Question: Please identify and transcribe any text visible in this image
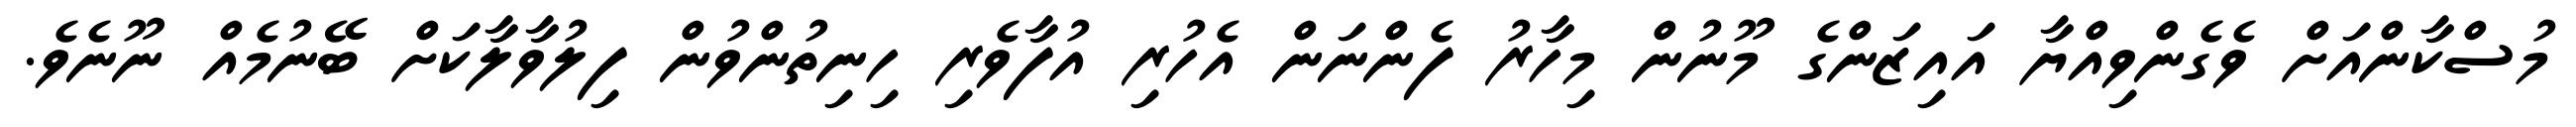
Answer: މުސްކާންއަށް ވެގެންވިއްޔާ އައިޒަންގެ މޫނުން މިހާރު ފެންނަން އެހުރި އުފާވެރި ހިނިތުންވުން ފިލުވާލާކަށް ބޭނުމެއް ނޫނެވެ.